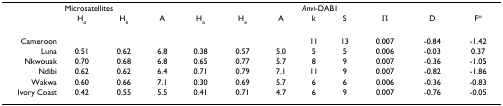
<table><thead><tr><td></td><td colspan="6"><b>Microsatellites</b></td><td colspan="5"><b><i>Anvi</i>-DAB1</b></td></tr><tr><td></td><td><b>H<sub>o</sub></b></td><td><b>H<sub>e</sub></b></td><td><b>A</b></td><td><b>H<sub>o</sub></b></td><td><b>H<sub>e</sub></b></td><td><b>A</b></td><td><b>k</b></td><td><b>S</b></td><td><b>Π</b></td><td><b>D</b></td><td><b>F*</b></td></tr></thead><tbody><tr><td>Cameroon</td><td></td><td></td><td></td><td></td><td></td><td></td><td>11</td><td>13</td><td>0.007</td><td>-0.84</td><td>-1.42</td></tr><tr><td>Luna</td><td>0.51</td><td>0.62</td><td>6.8</td><td>0.38</td><td>0.57</td><td>5.0</td><td>5</td><td>5</td><td>0.006</td><td>-0.03</td><td>0.37</td></tr><tr><td>Nkwouak</td><td>0.70</td><td>0.68</td><td>6.8</td><td>0.65</td><td>0.77</td><td>5.7</td><td>8</td><td>9</td><td>0.007</td><td>-0.36</td><td>-1.05</td></tr><tr><td>Ndibi</td><td>0.62</td><td>0.62</td><td>6.4</td><td>0.71</td><td>0.79</td><td>7.1</td><td>11</td><td>9</td><td>0.007</td><td>-0.82</td><td>-1.86</td></tr><tr><td>Wakwa</td><td>0.60</td><td>0.66</td><td>7.1</td><td>0.30</td><td>0.69</td><td>5.7</td><td>6</td><td>6</td><td>0.006</td><td>-0.36</td><td>-0.83</td></tr><tr><td>Ivory Coast</td><td>0.42</td><td>0.55</td><td>5.5</td><td>0.41</td><td>0.71</td><td>4.7</td><td>6</td><td>9</td><td>0.007</td><td>-0.76</td><td>-0.05</td></tr></tbody></table>